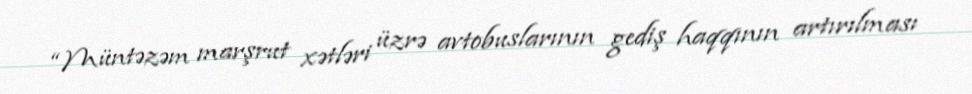
“Müntəzəm marşrut xətləri üzrə avtobuslarının gediş haqqının artırılması